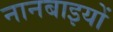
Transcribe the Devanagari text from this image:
नानबाइयों